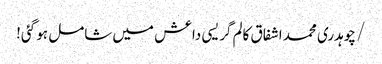
/ چوہدری محمد اشفاق کالم	گریسی داعش میں شامل ہو گئی!